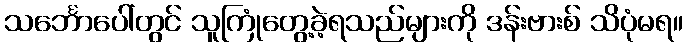
သင်္ဘောပေါ်တွင် သူကြုံတွေ့ခဲ့ရသည်များကို ဒန်းဗားစ် သိပုံမရ။